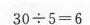
$$3 0 \div 5 = 6$$